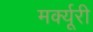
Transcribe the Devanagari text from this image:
मर्क्यूरी